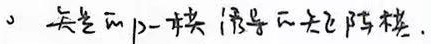
设 $\widetilde{m} \rho-$ 模诱导表示.